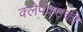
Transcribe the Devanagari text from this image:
क्लेपैक्सकी